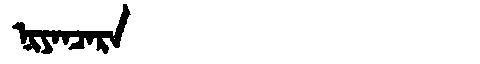
Manchu: ᠨᡳᠶᠠᠨᠴᠠᡵᠠ
Romanization: NIYANCARA